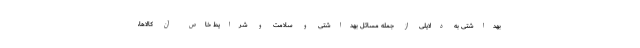
بهداشتی به دلایلی از جمله مسائل بهداشتی و سلامت و شرایط خاص آن کالاها،